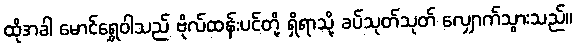
ထိုအခါ မောင်ရွှေဝါသည် ဗိုလ်ထန်းပင်တို့ ရှိရာသို့ ခပ်သုတ်သုတ် လျှောက်သွားသည်။